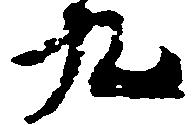
九